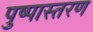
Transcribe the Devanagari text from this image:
पुष्पास्तरण